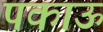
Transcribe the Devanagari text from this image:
पकाऊ